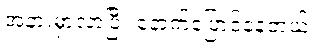
အနားမှာလာပြီး နောက်ပြောင်နေတယ်။